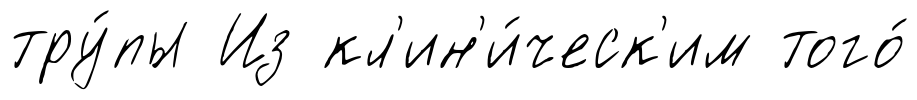
тру́пы Из кл'ин'и́ческ'им того́